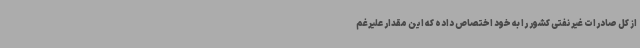
از کل صادرات غیر نفتی کشور را به خود اختصاص داده که این مقدار علیرغم